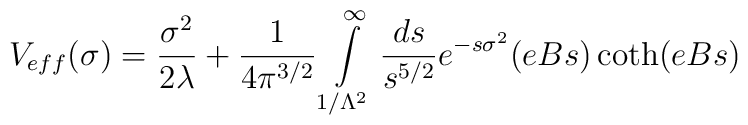
V_{eff}(\sigma)={\sigma^2\over 2\lambda}+ {1\over 4\pi^{3/2}}  \int\limits_{1/\Lambda^2}^\infty {ds\over s^{5/2}}e^{-s\sigma^2}(eBs) \coth(eBs)